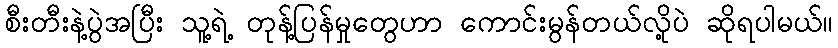
စီးတီးနဲ့ပွဲအပြီး သူ့ရဲ့ တုန့်ပြန်မှုတွေဟာ ကောင်းမွန်တယ်လို့ပဲ ဆိုရပါမယ်။